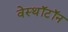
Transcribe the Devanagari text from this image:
वेस्थॉटॉन